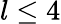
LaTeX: l\leq 4